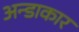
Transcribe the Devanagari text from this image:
अन्डाकार